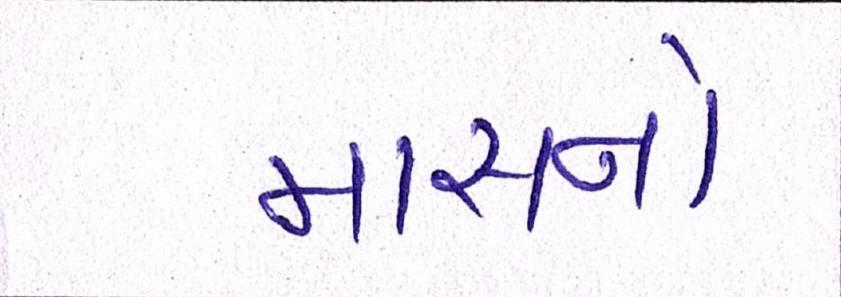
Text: માસનો